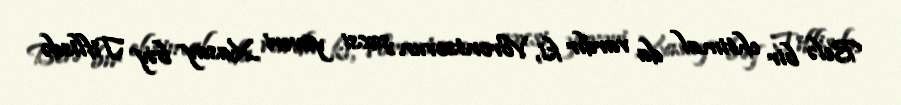
Belə bir ehtimal da vardır ki, Vorontsovun şəxsi yavəri Xasay bəy Tiflisdə